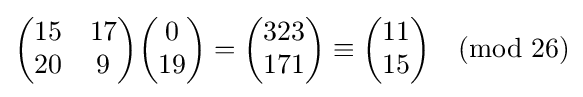
{\begin{pmatrix}15&17\\20&9\end{pmatrix}}{\begin{pmatrix}0\\19\end{pmatrix}}={\begin{pmatrix}323\\171\end{pmatrix}}\equiv {\begin{pmatrix}11\\15\end{pmatrix}}{\pmod {26}}